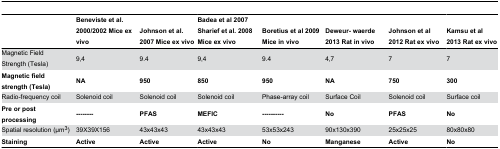
<table><thead><tr><td></td><td><b>Beneviste et al. 2000/2002 Mice ex vivo</b></td><td><b>Johnson et al. 2007 Mice ex vivo</b></td><td><b>Badea et al 2007 Sharief et al. 2008 Mice ex vivo</b></td><td><b>Boretius et al 2009 Mice in vivo</b></td><td><b>Deweur- waerde 2013 Rat in vivo</b></td><td><b>Johnson et al 2012 Rat ex vivo</b></td><td><b>Kamsu et al 2013 Rat ex vivo</b></td></tr></thead><tbody><tr><td>Magnetic Field Strength (Tesla)</td><td>9,4</td><td>9.4</td><td>9,4</td><td>9.4</td><td>4,7</td><td>7</td><td>7</td></tr><tr><td><b>Magnetic field strength (Tesla)</b></td><td><b>NA</b></td><td><b>950</b></td><td><b>850</b></td><td><b>950</b></td><td><b>NA</b></td><td><b>750</b></td><td><b>300</b></td></tr><tr><td>Radio-frequency coil</td><td>Solenoid coil</td><td>Solenoid coil</td><td>Solenoid coil</td><td>Phase-array coil</td><td>Surface Coil</td><td>Solenoid coil</td><td>Surface coil</td></tr><tr><td><b>Pre or post processing</b></td><td><b>--------</b></td><td><b>PFAS</b></td><td><b>MEFIC</b></td><td><b>----------</b></td><td><b>No</b></td><td><b>PFAS</b></td><td><b>No</b></td></tr><tr><td>Spatial resolution (μm<sup>3</sup>)</td><td>39X39X156</td><td>43x43x43</td><td>43x43x43</td><td>53x53x243</td><td>90x130x390</td><td>25x25x25</td><td>80x80x80</td></tr><tr><td><b>Staining</b></td><td><b>Active</b></td><td><b>Active</b></td><td><b>Active</b></td><td><b>No</b></td><td><b>Manganese</b></td><td><b>Active</b></td><td><b>No</b></td></tr></tbody></table>